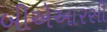
બીએઆરસી